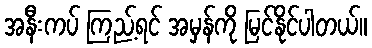
အနီးကပ် ကြည့်ရင် အမှန်ကို မြင်နိုင်ပါတယ်။